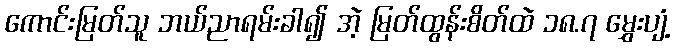
ကောင်းမြတ်သူ ဘယ်ညာရမ်းခါ၍ အဲ့ မြတ်ထွန်းစိတ်ထဲ ၁၈.၇ မွှေးပျံ့